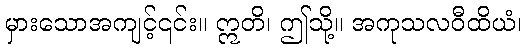
မှားသောအကျင့်၎င်း။ ဣတိ၊ ဤသို့။ အကုသလဝီထိယံ၊